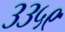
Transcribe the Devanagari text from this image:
३३५९